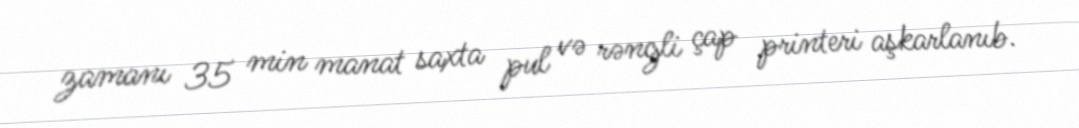
zamanı 35 min manat saxta pul və rəngli çap printeri aşkarlanıb.